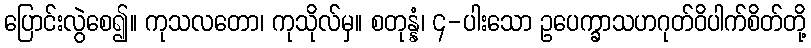
ပြောင်းလွဲစေ၍။ ကုသလတော၊ ကုသိုလ်မှ။ စတုန္နံ၊ ၄-ပါးသော ဥပေက္ခာသဟဂုတ်ဝိပါက်စိတ်တို့